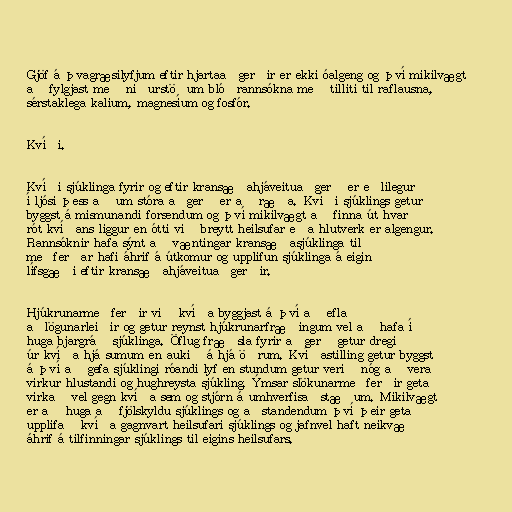
Gjöf á þvagræsilyfjum eftir hjartaaðgerðir er ekki óalgeng og því mikilvægt
að fylgjast með niðurstöðum blóðrannsókna með tilliti til raflausna,
sérstaklega kalium, magnesíum og fosfór.

Kvíði.

Kvíði sjúklinga fyrir og eftir kransæðahjáveituaðgerð er eðlilegur
í ljósi þess að um stóra aðgerð er að ræða. Kvíði sjúklings getur
byggst á mismunandi forsendum og því mikilvægt að finna út hvar
rót kvíðans liggur en ótti við breytt heilsufar eða hlutverk er algengur.
Rannsóknir hafa sýnt að væntingar kransæðasjúklinga til
meðferðar hafi áhrif á útkomur og upplifun sjúklinga á eigin
lífsgæði eftir kransæðahjáveituaðgerðir.

Hjúkrunarmeðferðir við kvíða byggjast á því að efla
aðlögunarleiðir og getur reynst hjúkrunarfræðingum vel að hafa í
huga bjargráð sjúklinga. Öflug fræðsla fyrir aðgerð getur dregið
úr kvíða hjá sumum en aukið á hjá öðrum. Kvíðastilling getur byggst
á því að gefa sjúklingi róandi lyf en stundum getur verið nóg að vera
virkur hlustandi og hughreysta sjúkling. Ýmsar slökunarmeðferðir geta
virkað vel gegn kvíða sem og stjórn á umhverfisaðstæðum. Mikilvægt
er að huga að fjölskyldu sjúklings og aðstandendum því þeir geta
upplifað kvíða gagnvart heilsufari sjúklings og jafnvel haft neikvæð
áhrif á tilfinningar sjúklings til eigins heilsufars.